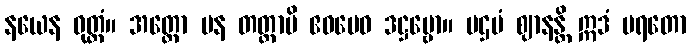
နယေန ဝုတ္တံ။ အတ္ထော ပန တတ္ထာပိ ဧဝမေဝ ဒဋ္ဌဗ္ဗော။ ပဌမံ ဈာနန္တိ ဣဒံ ပရတော